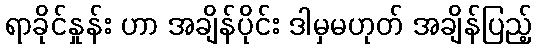
ရာခိုင်နှုန်း ဟာ အချိန်ပိုင်း ဒါမှမဟုတ် အချိန်ပြည့်